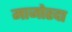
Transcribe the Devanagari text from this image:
माजोरदा